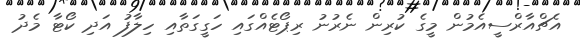
އެޗްއާރްސީއެމުން މީގެ ކުރިން ނެރުނު ރިޕޯޓެއްގައި ހަގީގަތާއި ހިލާފު އަދި ކޯޓާ މެދު